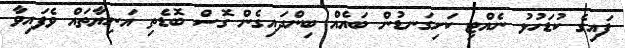
ފައިގެ ކުޑަހުޅު ނެއްޓި ކަށިގަނޑުން ބައެއް ބިންދައިގެން ގޮސް ބޮޑެތި އަނިޔާތައް ވެފައިވާ